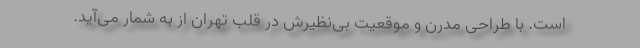
است. با طراحی مدرن و موقعیت بی‌نظیرش در قلب تهران از به شمار می‌آید.